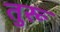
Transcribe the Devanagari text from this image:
तुरू